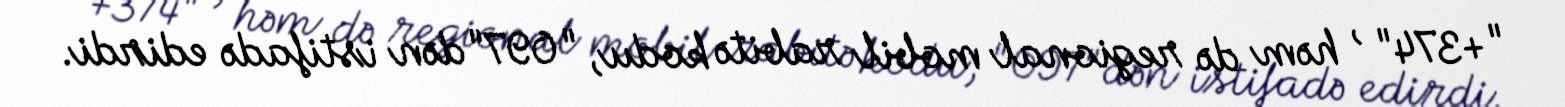
"+374" , həm də regional mobil rabitə kodu, "097"dən istifadə edirdi.